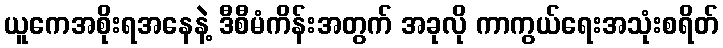
ယူကေအစိုးရအနေနဲ့ ဒီစီမံကိန်းအတွက် အခုလို ကာကွယ်ရေးအသုံးစရိတ်